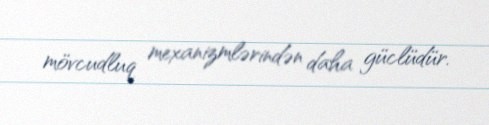
mövcudluq mexanizmlərindən daha güclüdür.